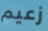
زعيم